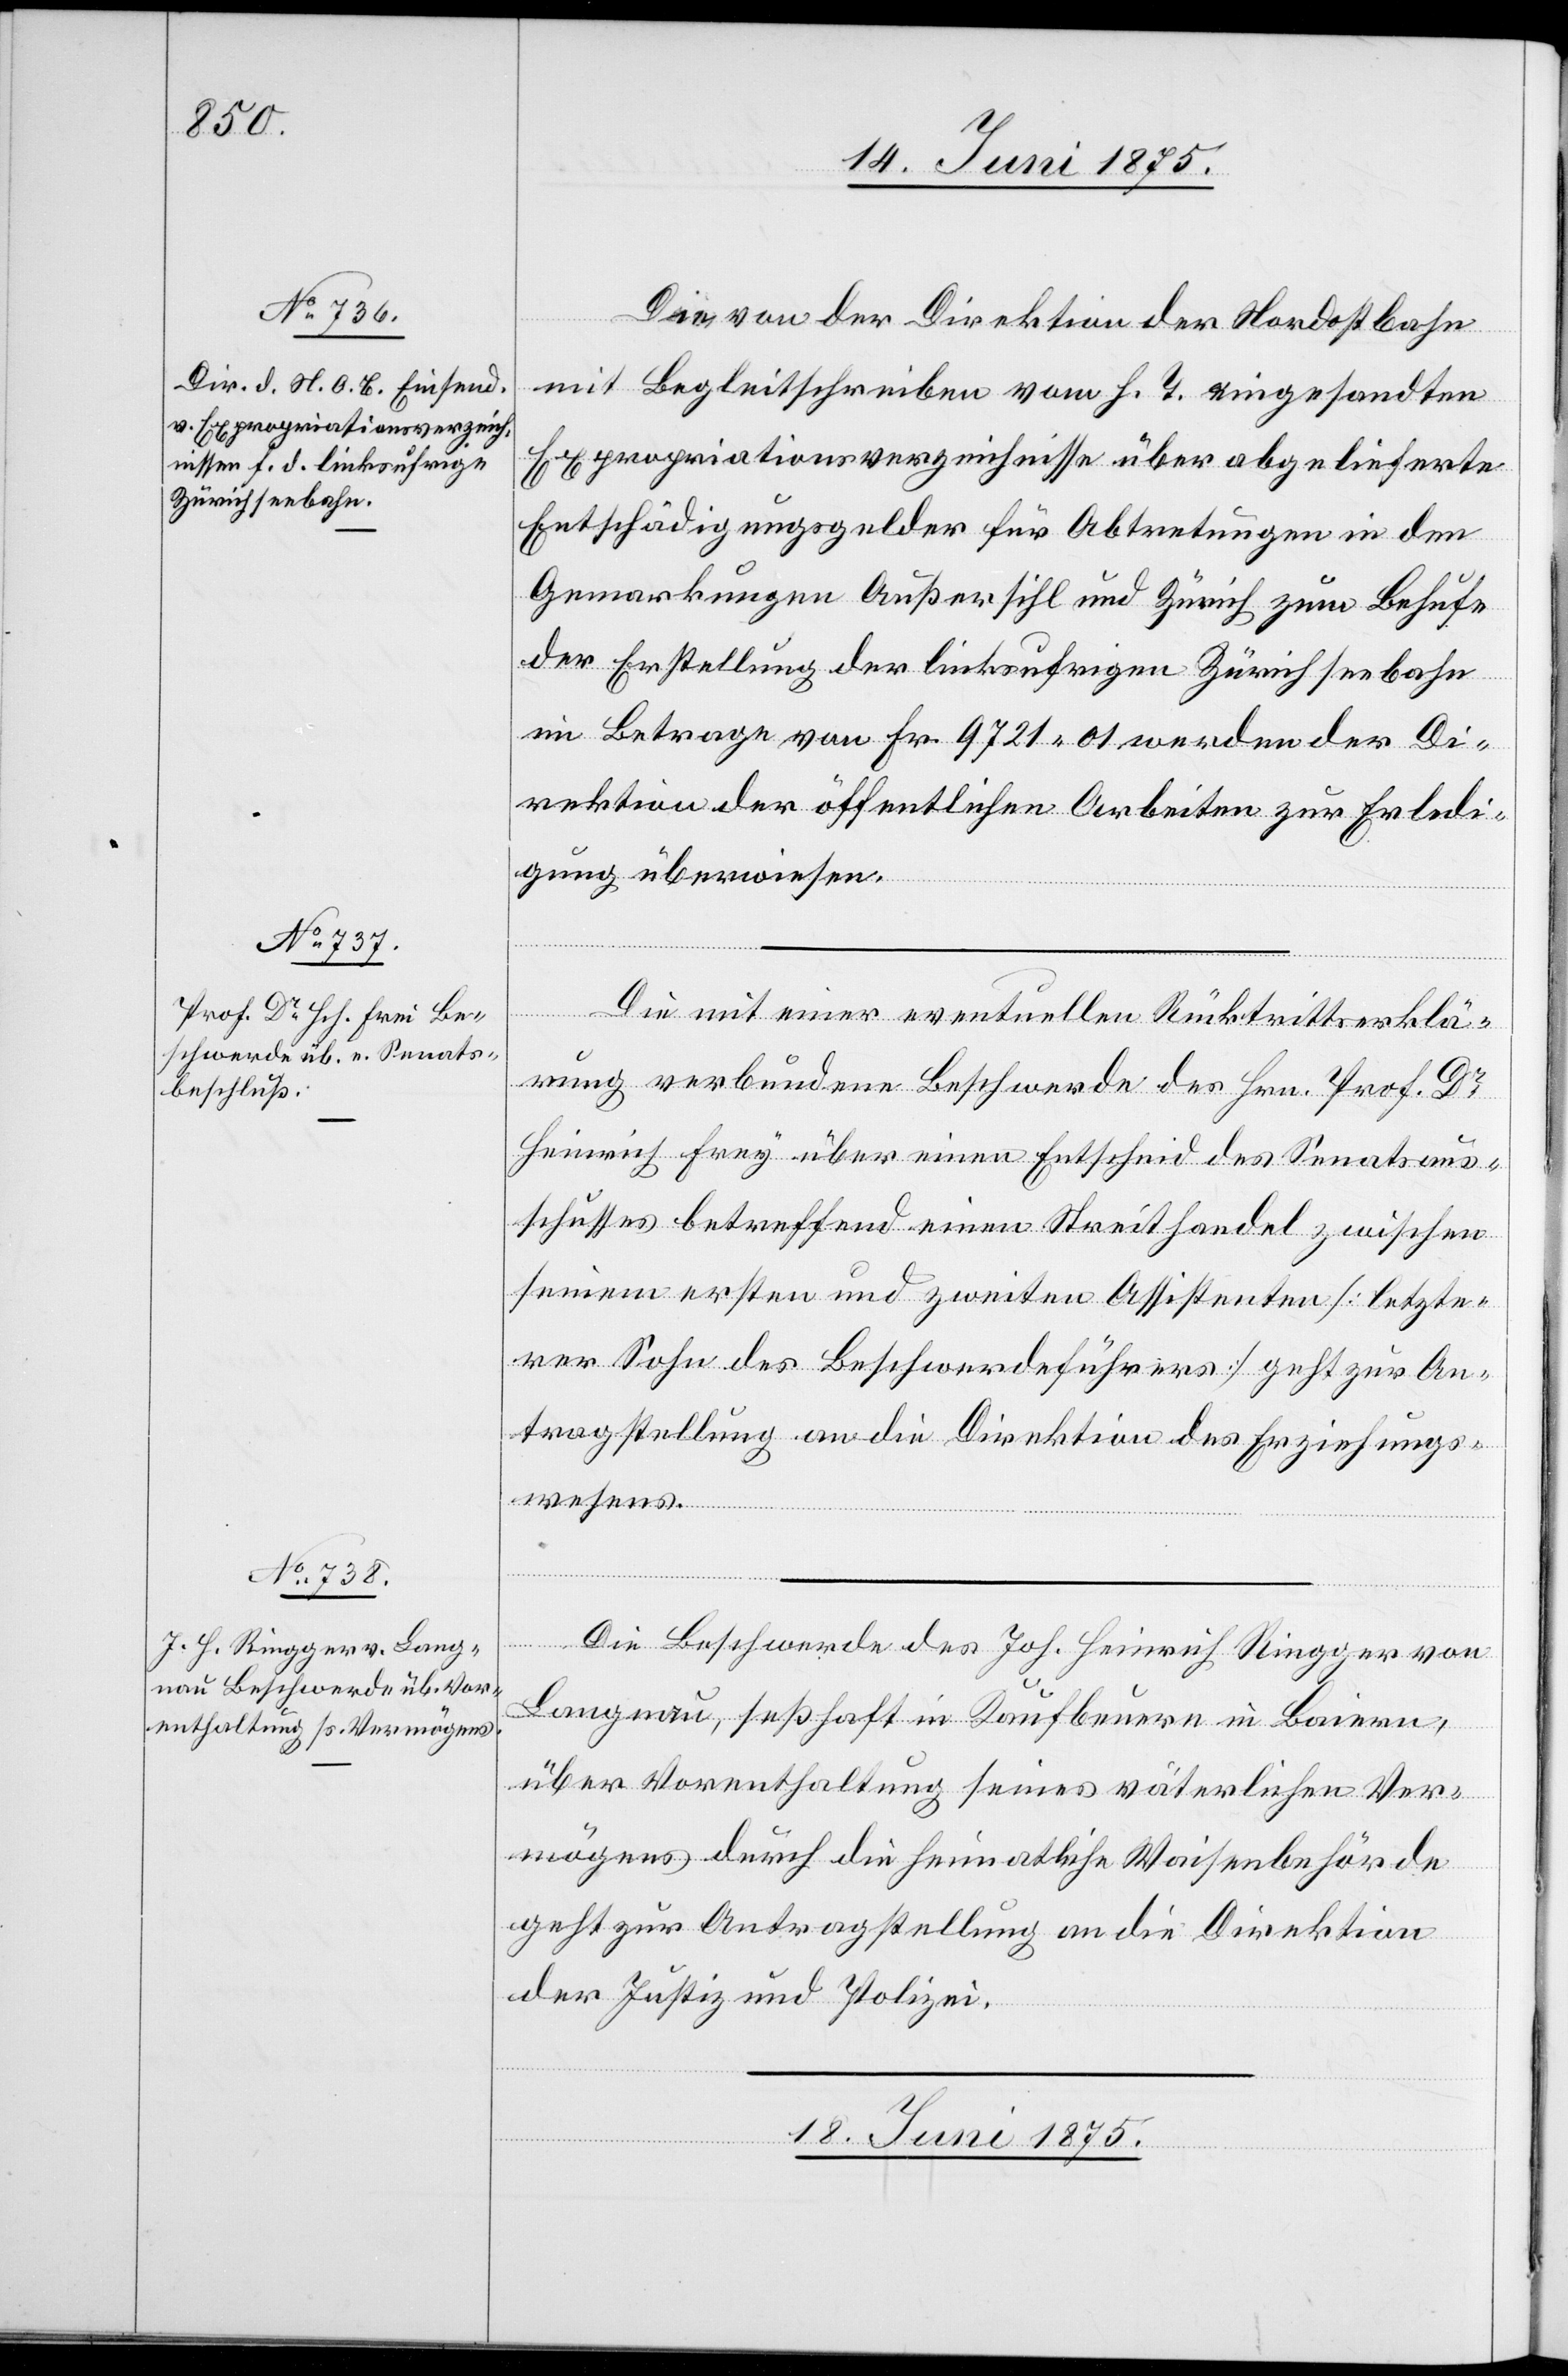
Die von der Direktion der Nordostbahn
mit Begleitschreiben vom h. T. eingesandten
Expropriationsverzeichnisse über abgelieferte
Entschädigungsgelder für Abtretungen in den
Gemarkungen Außersihl, und Zürich zum Behufe
der Erstellung der linksufrigen Zürichseebahn
im Betrage von Fr. 9721 01 werden der Di¬
rektion der öffentlichen Arbeiten zur Erledi¬
gung überwiesen.
Die mit einer eventuellen Rücktrittserklä¬
rung verbunden Beschwerde des Hrn. Prof. Dr
Heinrich Frey über einen Entscheid des Senatsaus¬
schusses betreffend einen Streithandel zwischen
seinem ersten und zweiten Assistenten [letzte¬
rer Sohn des Beschwerdeführers] geht zur An¬
tragstellung an die Direktion des Erziehungs¬
wesens.
Die Beschwerde des Jos. Heinrich Ringger von
Langnau, seßhaft in Kaufbeuern in Baiern,
über Vorenthaltung seines väterlichen Ver¬
mögens durch die heimatliche Waisenbehörde
geht zur Antragstellung an die Direktion
der Justiz und Polizei.
17. Juni 1875.]